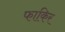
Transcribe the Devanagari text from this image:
फाकिर